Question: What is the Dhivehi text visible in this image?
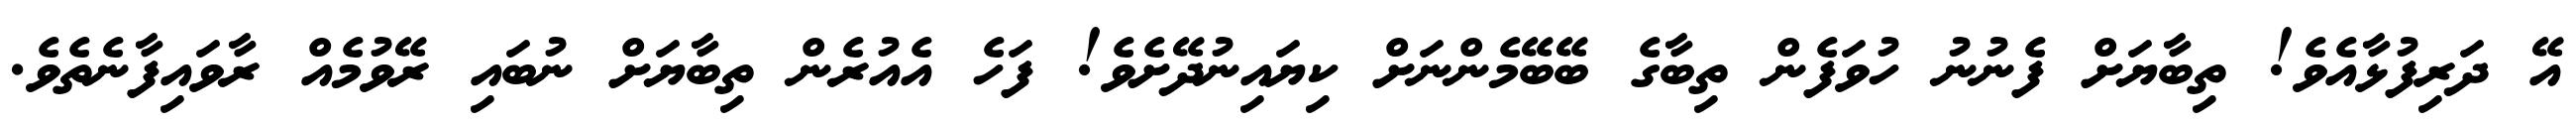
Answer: އޭ ދަރިފުޅާއެވެ! ތިބާޔަށް ފެނުނު ހުވަފެން ތިބާގެ ބޭބޭމެންނަށް ކިޔައިނުދޭށެވެ! ފަހެ އެއުރެން ތިބާޔަށް ނުބައި ރޭވުމެއް ރާވައިފާނެތެވެ.